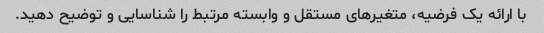
با ارائه یک فرضیه، متغیرهای مستقل و وابسته مرتبط را شناسایی و توضیح دهید.